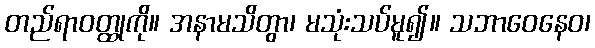
တည်ရာဝတ္ထုကို။ အနာမသိတွာ၊ မသုံးသပ်မူ၍။ သဘာဝေနေဝ၊